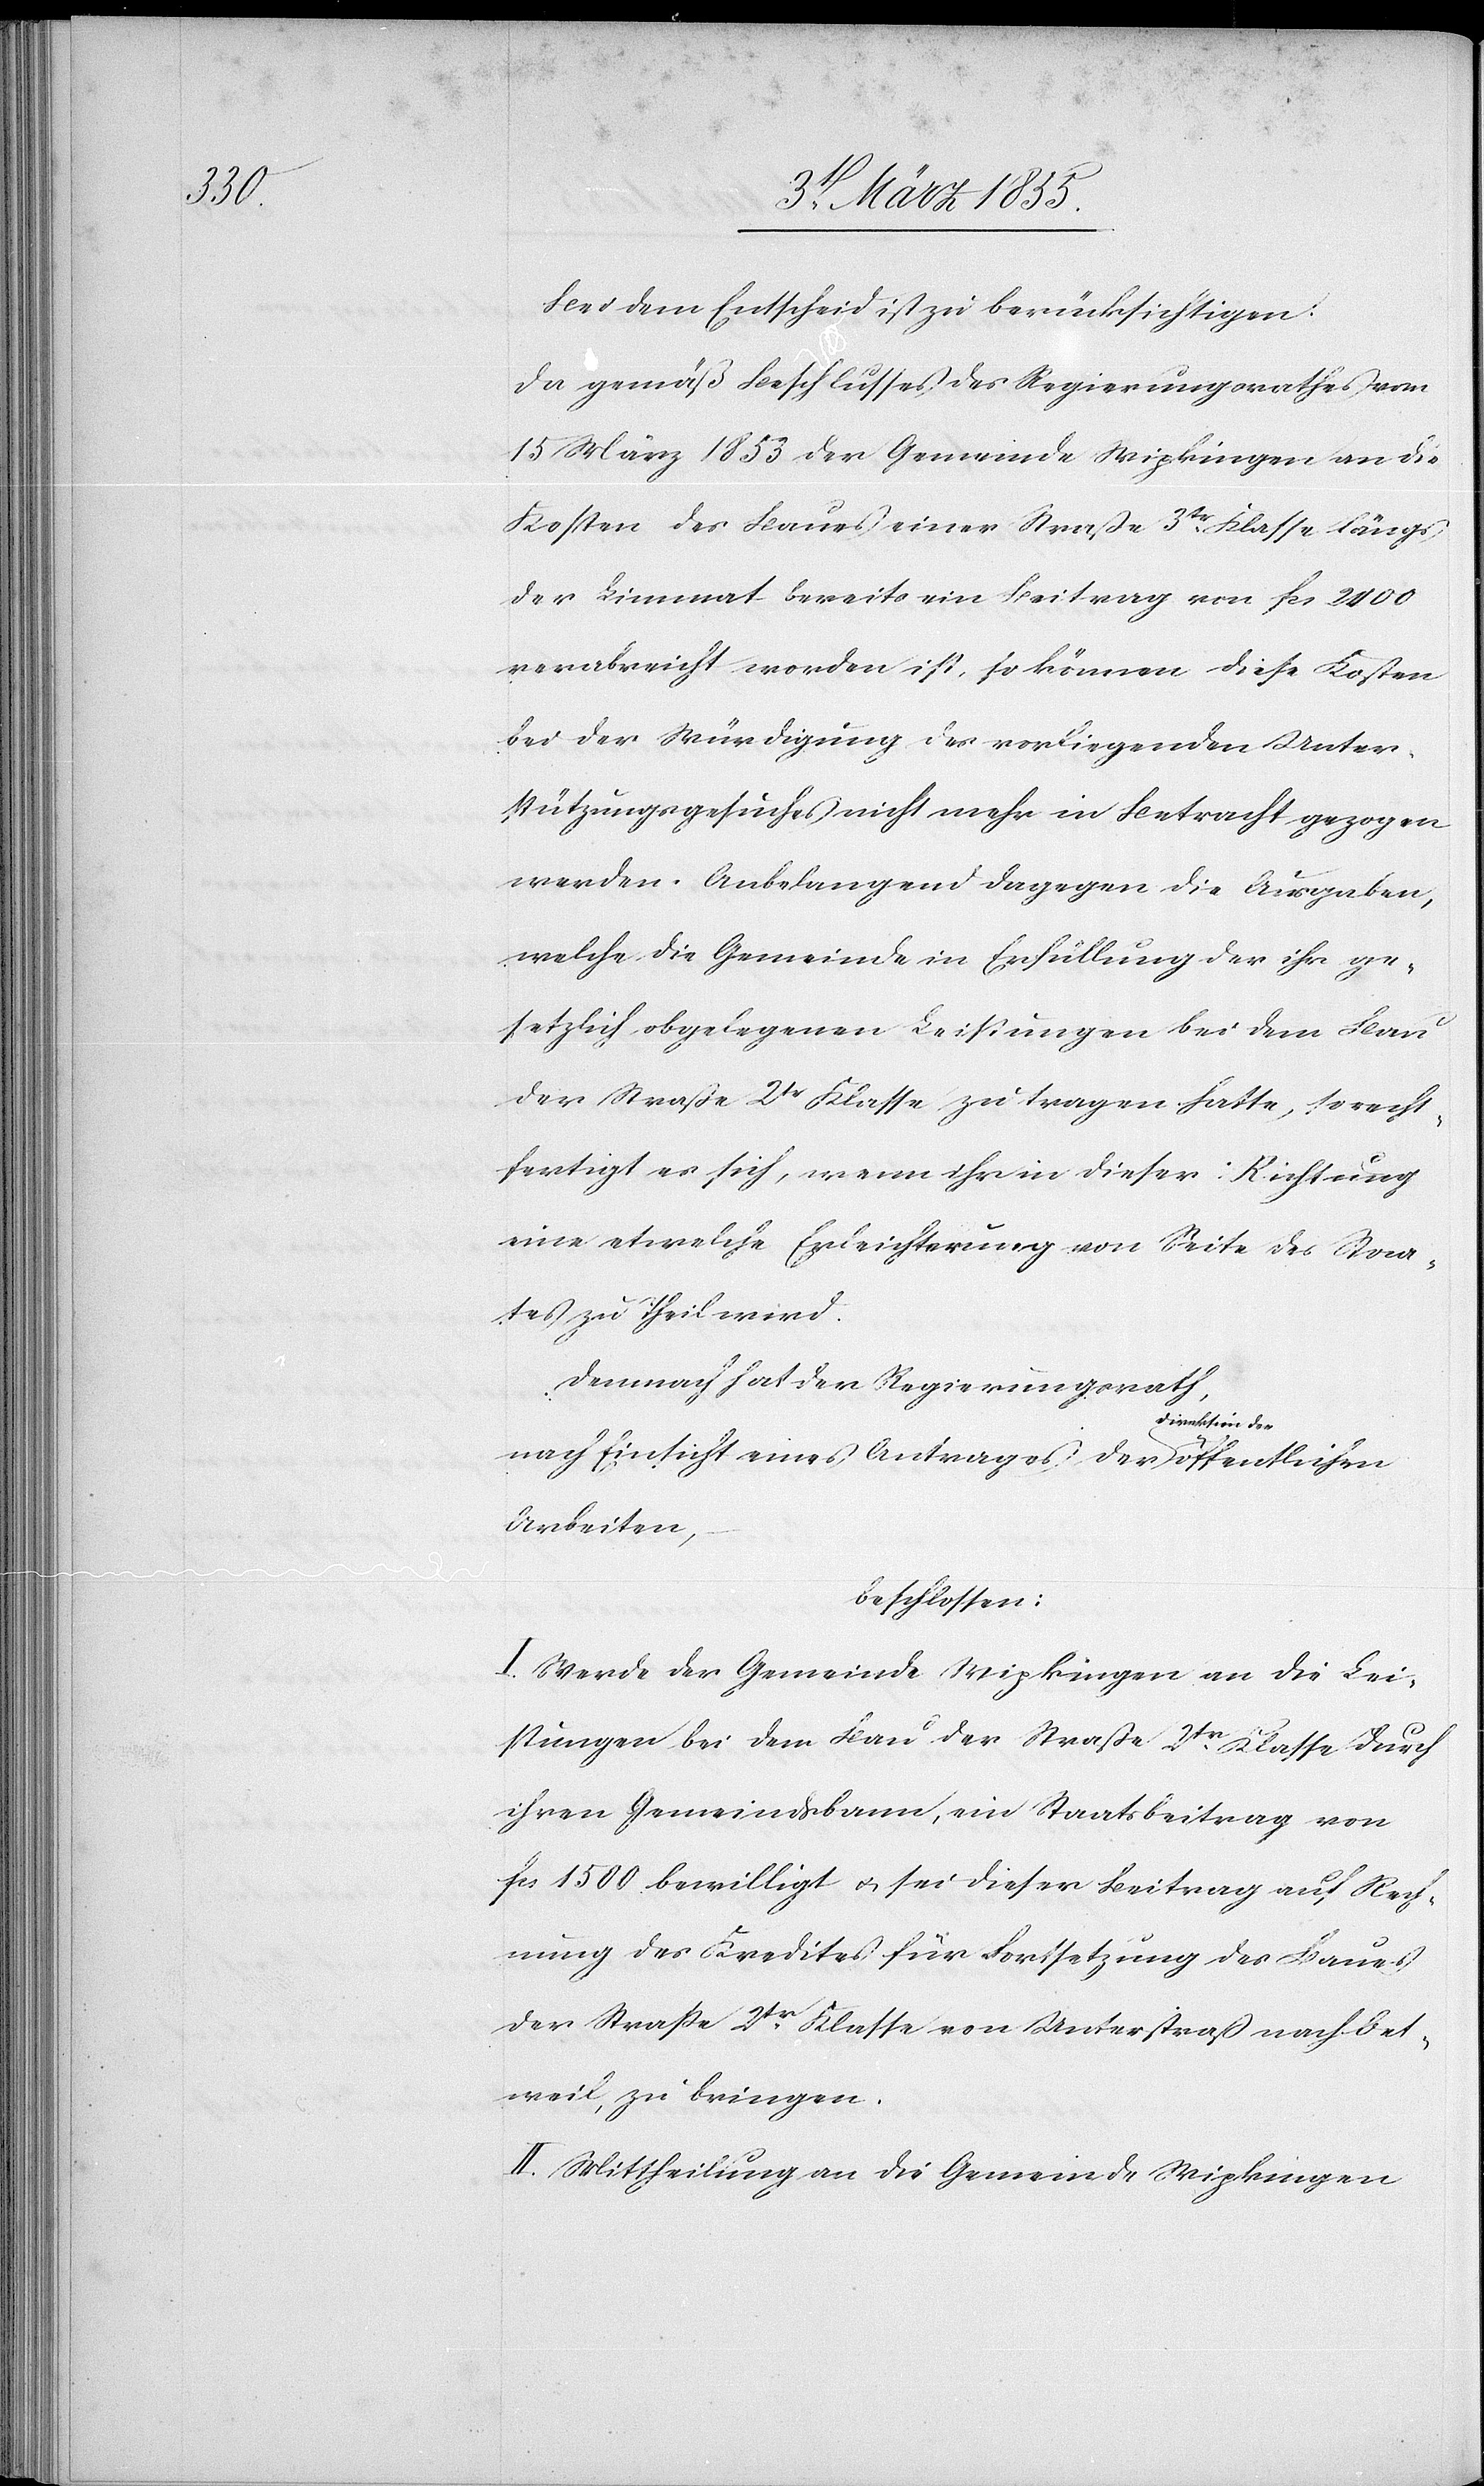
der

Bei dem Entscheid ist zu berücksichtigen:
Da gemäß Beschlusses des Regierungsrathes vom
15 März 1853 der Gemeinde Wipkingen an die
Kosten des Baues einer Straße 3tr Klasse längs
der Limmat bereits ein Beitrag von fcs 2400
verabreicht worden ist, so können diese Kosten
bei der Würdigung des vorliegenden Unter¬
stützungsgesuches nicht mehr in Betracht gezogen
werden. Anbelangend dagegen die Ausgaben,
welche die Gemeinde in Erfüllung der ihr ge¬
setzlich obgelegenen Leistungen bei dem Bau
der Straße 2tr Klasse zu tragen hatte, so recht¬
fertigt es sich, wenn ihr in dieser Richtung
eine etwelche Erleichterung von Seite des Staa¬
tes zu Theil wird.
Demnach hat der Regierungsrath,
nach Einsicht eines Antrages der Direktion
Arbeiten,
beschlossen:
I. Werde der Gemeinde Wipkingen an die Lei¬
stungen bei dem Bau der Straße 2tr Klasse durch
ihren Gemeindsbann, ein Staatsbeitrag von
fcs 1500 bewilligt & sei dieser Beitrag auf Rech¬
nung des Kredites für Fortsetzung des Baues
der Straße 2tr Klasse von Unterstraß nach Oet¬
weil, zu bringen.
II. Mittheilung an die Gemeinde Wipkingen